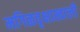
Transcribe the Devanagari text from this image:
मगिळवृक्षाखाली